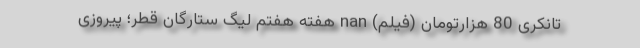
تانکری 80 هزارتومان (فیلم) nan هفته هفتم لیگ ستارگان قطر؛ پیروزی